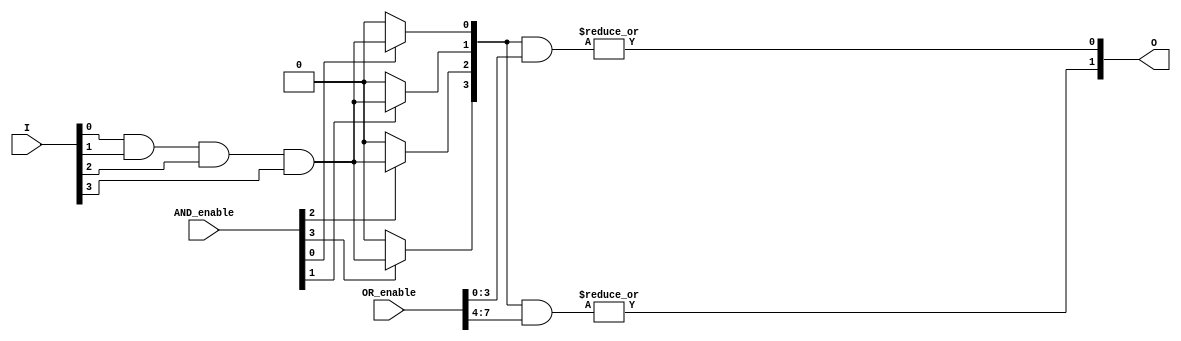
module PLA #(
    parameter N = 4, // Number of inputs
    parameter P = 4, // Number of AND gates (product terms)
    parameter M = 2  // Number of outputs
)(
    input  wire [N-1:0] I, // Input vector
    input  wire [P-1:0] AND_enable, // Enable signals for AND gates
    input  wire [M*P-1:0] OR_enable, // Enable signals for OR gates
    output wire [M-1:0] O // Output vector
);

// Internal signals for AND gate outputs
wire [P-1:0] AND_out;

// AND Plane: Generate product terms
genvar i, j;
generate
    for (i = 0; i < P; i = i + 1) begin : and_gate
        assign AND_out[i] = AND_enable[i] ? (I[0] & I[1] & I[2] & I[3]) : 1'b0; // Example: All inputs ANDed
    end
endgenerate

// OR Plane: Combine product terms to generate outputs
generate
    for (j = 0; j < M; j = j + 1) begin : or_gate
        assign O[j] = |(AND_out & OR_enable[j*P +: P]); // OR the enabled AND outputs
    end
endgenerate

endmodule